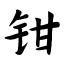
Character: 钳